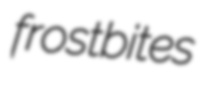
frostbites